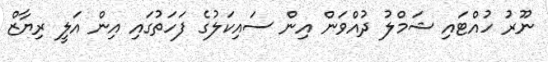
ނޫރު ހުއްޓައި ޝަމްލު ދުއްވަން އިން ސައިކަލުގެ ފަހަތުގައި އިން އަލީ ރިޔާޒް